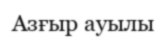
Азғыр ауылы